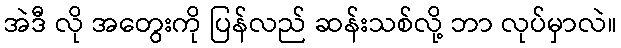
အဲဒီ လို အတွေးကို ပြန်လည် ဆန်းသစ်လို့ ဘာ လုပ်မှာလဲ။